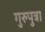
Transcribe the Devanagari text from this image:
गुरुपुत्रा